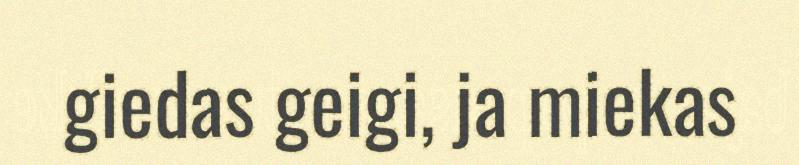
giedas geigi, ja miekas